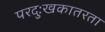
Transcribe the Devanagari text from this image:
परदुःखकातरता